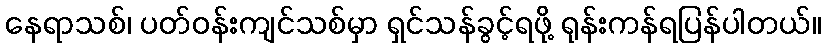
နေရာသစ်၊ ပတ်ဝန်းကျင်သစ်မှာ ရှင်သန်ခွင့်ရဖို့ ရုန်းကန်ရပြန်ပါတယ်။